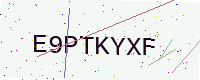
Text: E9PTKYXF